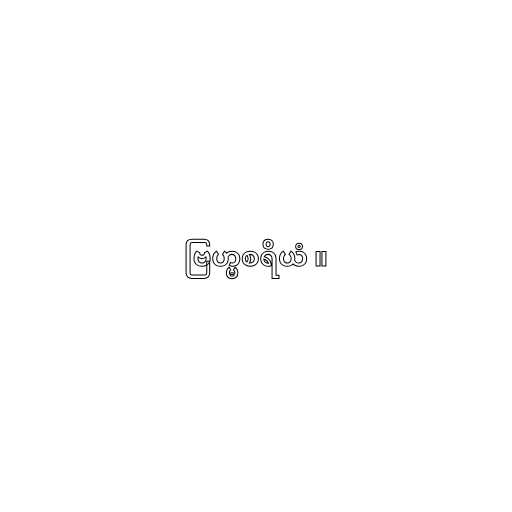
ဗြဟ္မစရိယံ ။